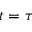
t = \tau